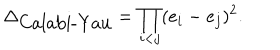
\Delta _ { \mathrm { C a l a b i - Y a u } } = \prod _ { i < j } ( e _ { i } - e _ { j } ) ^ { 2 } .